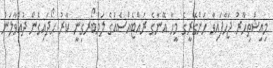
މިއިޝްތިހާރު ޖަހާފައިވާ ހަންގޭރީގެ މީހާ އޭނާގެ ރައްޓެއްސެއްގެ ލަމްބޯރގިނީ ކާރު ހޯދައިގެން ދުއްވާލަން